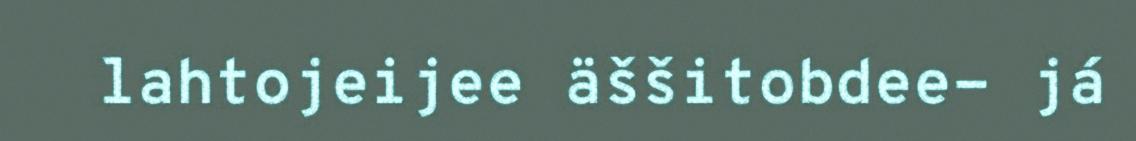
lahtojeijee äššitobdee- já